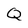
Character: Q